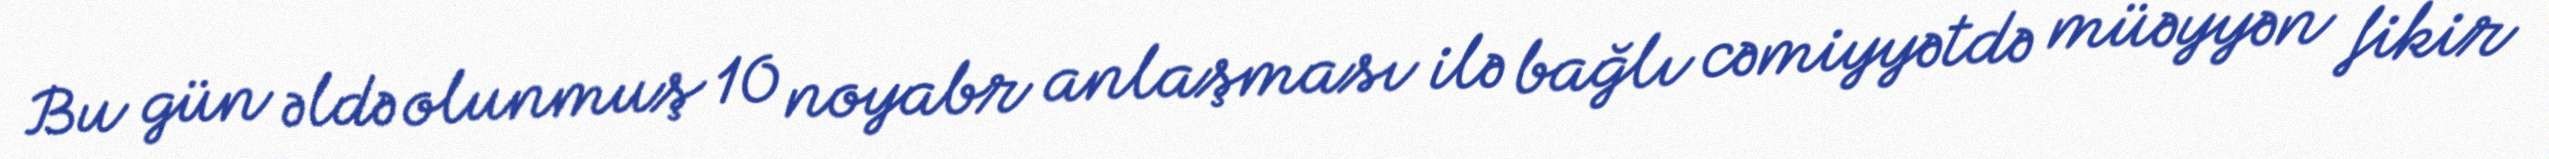
Bu gün əldə olunmuş 10 noyabr anlaşması ilə bağlı cəmiyyətdə müəyyən fikir